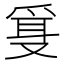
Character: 𰇂